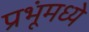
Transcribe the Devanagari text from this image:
प्रभूंमध्ये